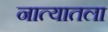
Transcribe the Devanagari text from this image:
नात्यातला